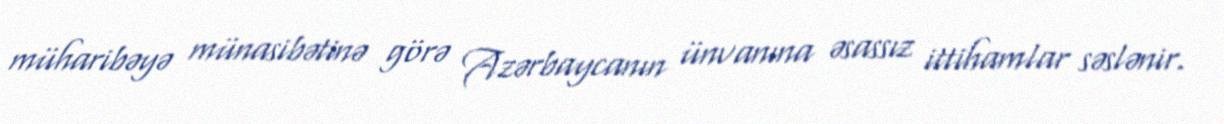
müharibəyə münasibətinə görə Azərbaycanın ünvanına əsassız ittihamlar səslənir.